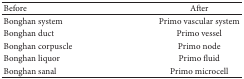
<table><thead><tr><td><b>Before</b></td><td><b>After</b></td></tr></thead><tbody><tr><td>Bonghan system</td><td>Primo vascular system</td></tr><tr><td>Bonghan duct</td><td>Primo vessel</td></tr><tr><td>Bonghan corpuscle</td><td>Primo node</td></tr><tr><td>Bonghan liquor</td><td>Primo fluid</td></tr><tr><td>Bonghan sanal</td><td>Primo microcell</td></tr></tbody></table>